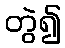
တွဲ၍